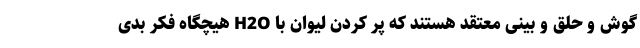
گوش و حلق و بینی معتقد هستند که پر کردن لیوان با H2O هیچگاه فکر بدی